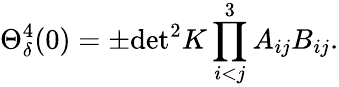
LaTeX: \Theta_{\delta}^{4}(0)=\pm\mathrm{det}^{2}K\prod_{i<j}^{3}A_{ij}B_{ij}.